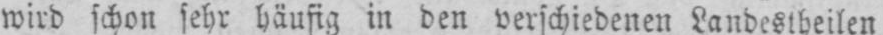
wird schon sehr häufig in den verschiedenen Landestheilen